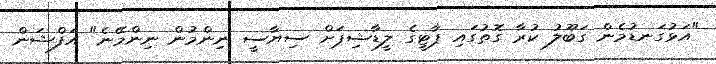
"އަޅުގަނޑުމެން ގަބޫލު ކުރާ ގޮތުގައި ޕާޓީގެ ލީޑާޝިޕަށް ސިޔާސީ ނިންމުން ނިންމޭނެ" އަފްޝަން